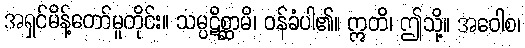
အရှင်မိန့်တော်မူတိုင်း။ သမ္ပဋိစ္ဆာမိ၊ ဝန်ခံပါ၏။ ဣတိ၊ ဤသို့။ အဝေါစ၊